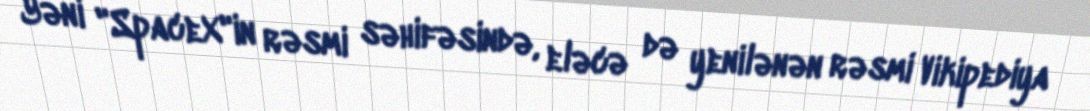
Yəni "SpaceX"in rəsmi səhifəsində, eləcə də yenilənən rəsmi Vikipediya